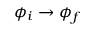
\phi _ { i } \rightarrow \phi _ { f }